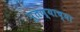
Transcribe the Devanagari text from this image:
पुतण्याच्या